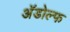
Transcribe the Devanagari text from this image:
अॅडोल्फ